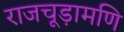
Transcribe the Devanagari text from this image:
राजचूड़ामणि